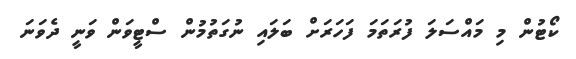
ކޯޓުން މި މައްސަލަ ފުރަތަމަ ފަހަރަށް ބަލައި ނުގަތުމުން ސްޓީވަން ވަނީ ދެވަނަ